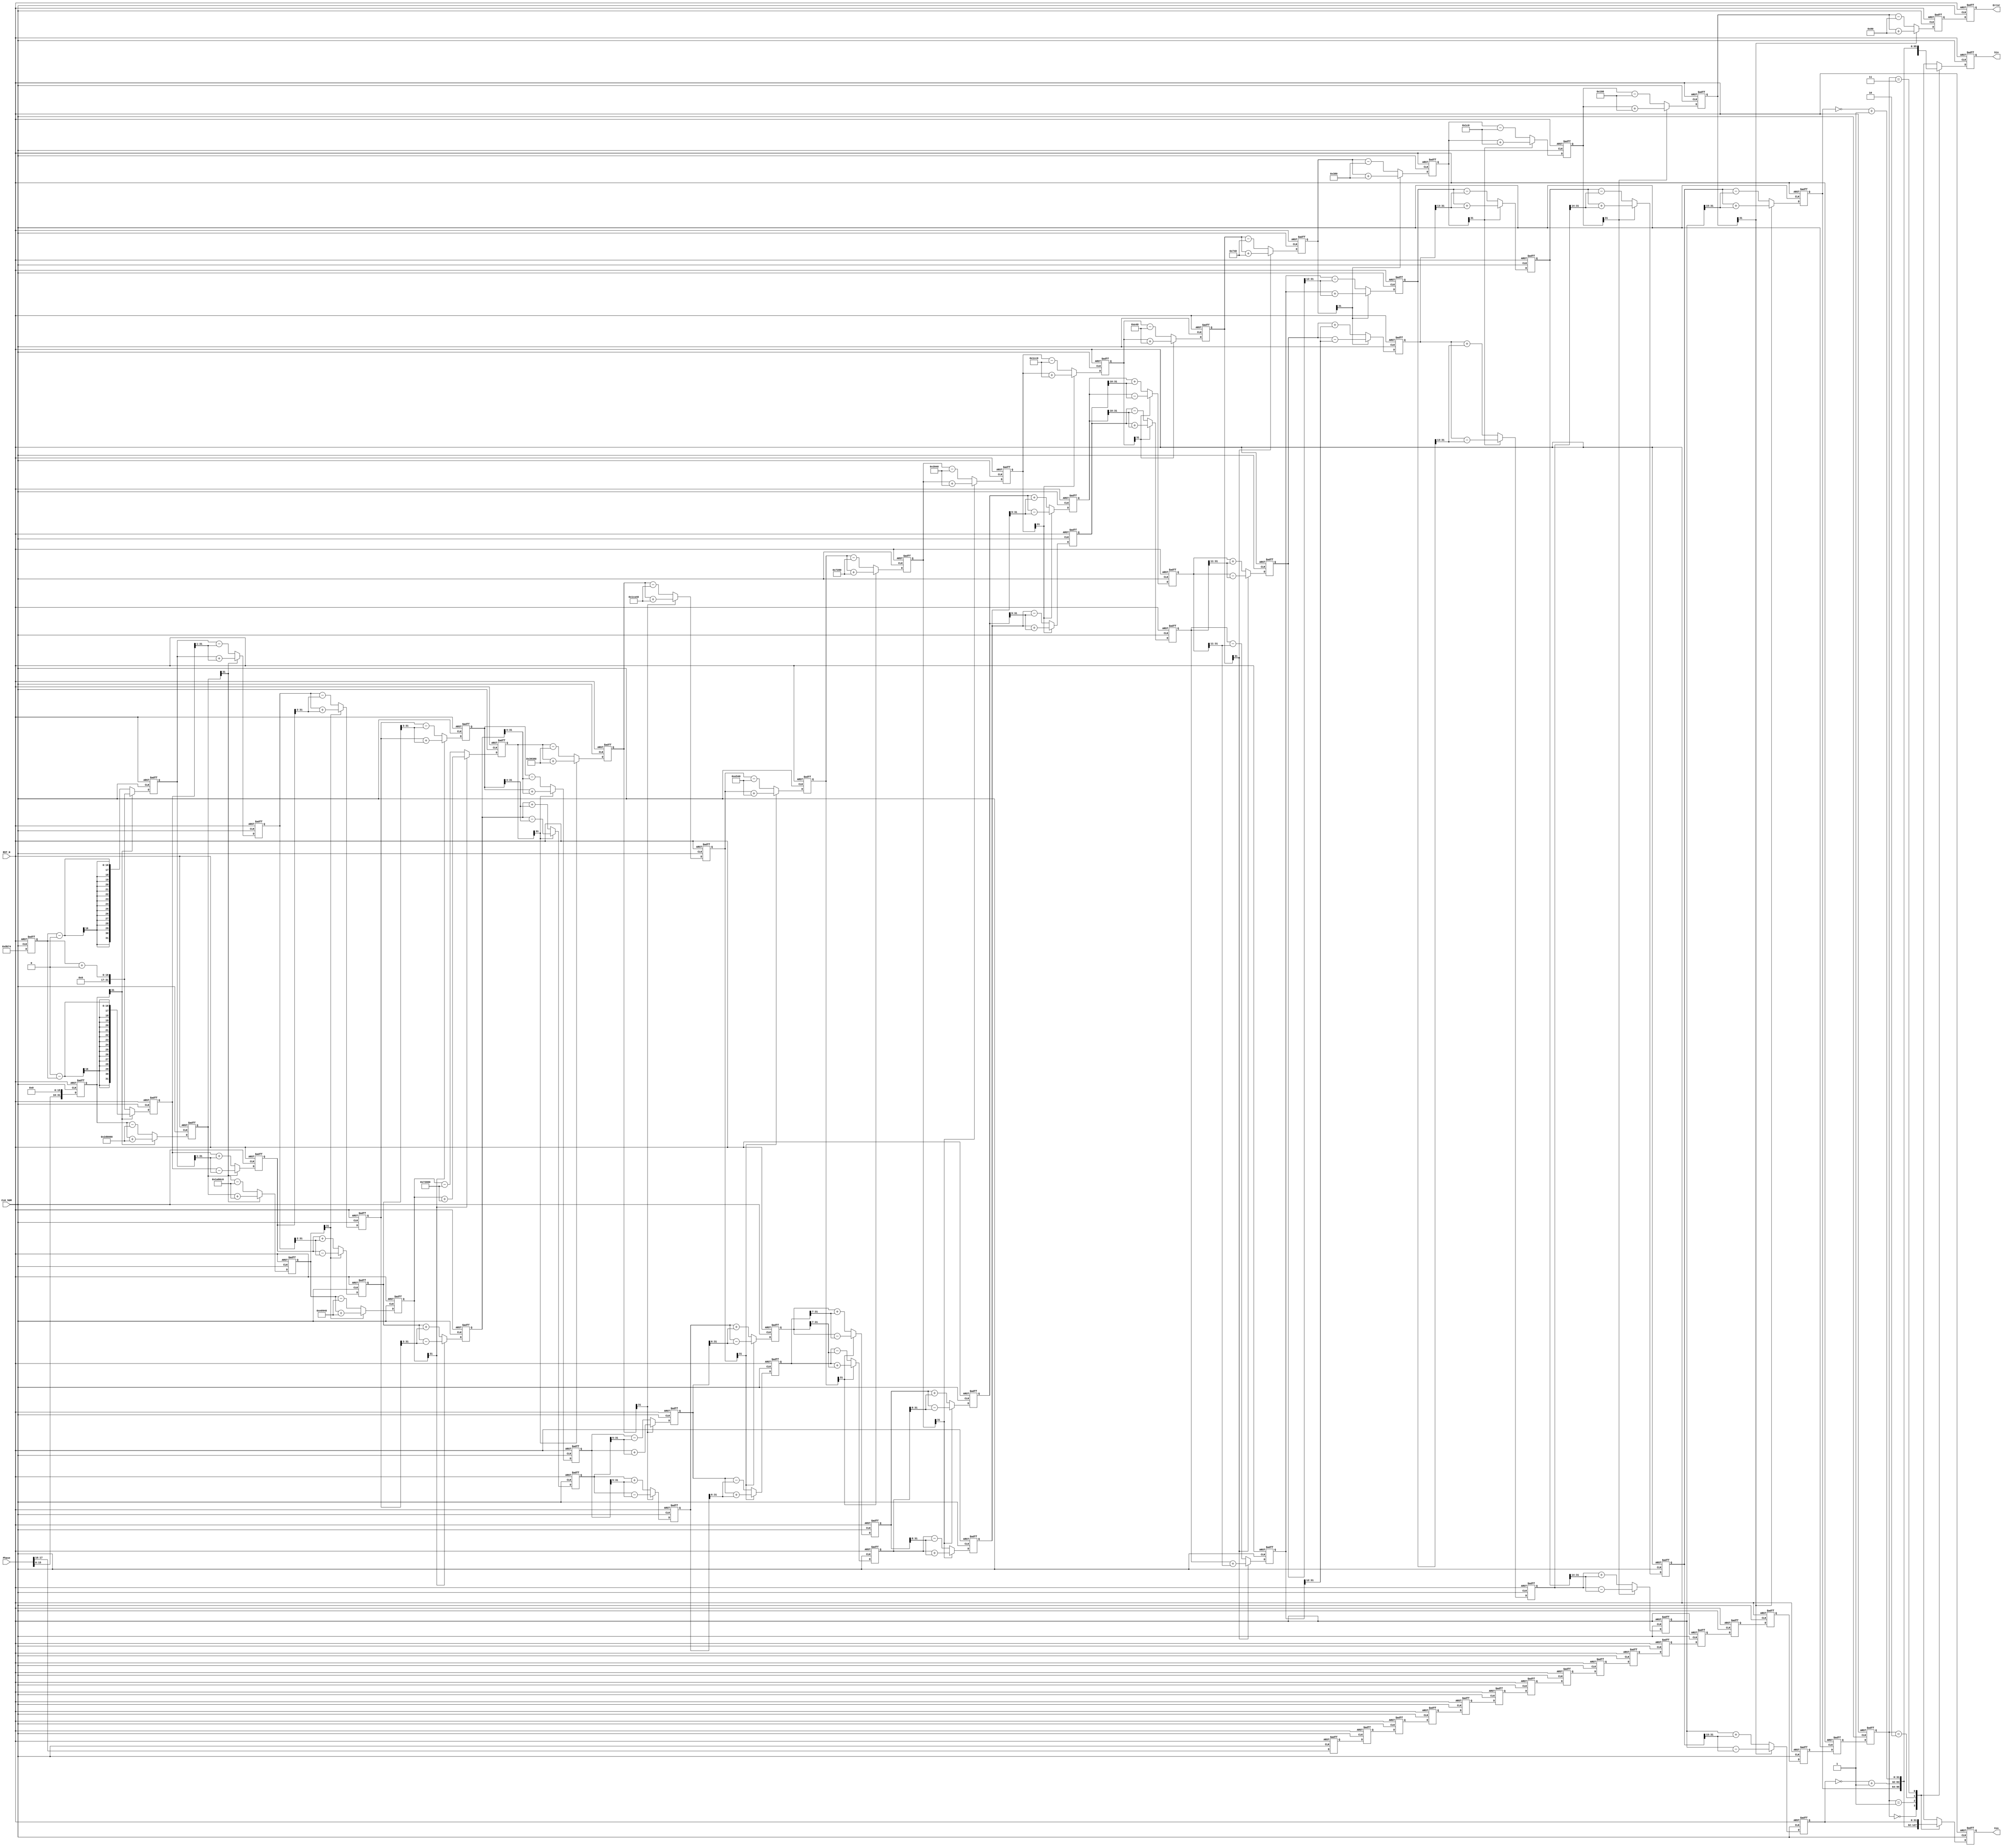
`timescale 1ns / 1ps
//////////////////////////////////////////////////////////////////////////////////
// Company: 
// Engineer: 
// 
// Design Name: 
// Module Name:    top 
// Project Name: 
// Target Devices: 
// Tool versions: 
// Description: 
//
// Dependencies: 
//
// Revision: 
// Revision 0.01 - File Created
// Additional Comments: 
//
//////////////////////////////////////////////////////////////////////////////////
module top
(
    CLK_50M,RST_N,
    Phase,
    Sin,Cos,Error
);

input                       CLK_50M;
input                       RST_N;
input       [31:0]          Phase;
output      [31:0]          Sin;
output      [31:0]          Cos;
output      [31:0]          Error;

`define rot0  32'd2949120       //45*2^16
`define rot1  32'd1740992       //26.5651*2^16
`define rot2  32'd919872        //14.0362*2^16
`define rot3  32'd466944        //7.1250*2^16
`define rot4  32'd234368        //3.5763*2^16
`define rot5  32'd117312        //1.7899*2^16
`define rot6  32'd58688         //0.8952*2^16
`define rot7  32'd29312         //0.4476*2^16
`define rot8  32'd14656         //0.2238*2^16
`define rot9  32'd7360          //0.1119*2^16
`define rot10 32'd3648          //0.0560*2^16
`define rot11 32'd1856          //0.0280*2^16
`define rot12 32'd896           //0.0140*2^16
`define rot13 32'd448           //0.0070*2^16
`define rot14 32'd256           //0.0035*2^16
`define rot15 32'd128           //0.0018*2^16

parameter Pipeline = 16;
parameter K = 32'h09b74;    //K=0.607253*2^16,32'h09b74,

reg signed  [31:0]      Sin;
reg signed  [31:0]      Cos;
reg signed  [31:0]      Error;
reg signed  [31:0]      x0=0,y0=0,z0=0;
reg signed  [31:0]      x1=0,y1=0,z1=0;
reg signed  [31:0]      x2=0,y2=0,z2=0;
reg signed  [31:0]      x3=0,y3=0,z3=0;
reg signed  [31:0]      x4=0,y4=0,z4=0;
reg signed  [31:0]      x5=0,y5=0,z5=0;
reg signed  [31:0]      x6=0,y6=0,z6=0;
reg signed  [31:0]      x7=0,y7=0,z7=0;
reg signed  [31:0]      x8=0,y8=0,z8=0;
reg signed  [31:0]      x9=0,y9=0,z9=0;
reg signed  [31:0]      x10=0,y10=0,z10=0;
reg signed  [31:0]      x11=0,y11=0,z11=0;
reg signed  [31:0]      x12=0,y12=0,z12=0;
reg signed  [31:0]      x13=0,y13=0,z13=0;
reg signed  [31:0]      x14=0,y14=0,z14=0;
reg signed  [31:0]      x15=0,y15=0,z15=0;
reg signed  [31:0]      x16=0,y16=0,z16=0;
reg         [ 1:0]      Quadrant [Pipeline:0];

always @ (posedge CLK_50M or negedge RST_N)
begin
    if(!RST_N)
    begin
        x0 <= 1'b0;                         
        y0 <= 1'b0;
        z0 <= 1'b0;
    end
    else
    begin
        x0 <= K;
        y0 <= 32'd0;
        z0 <= Phase[15:0] << 16;
    end
end

always @ (posedge CLK_50M or negedge RST_N)
begin
    if(!RST_N)
    begin
        x1 <= 1'b0;                         
        y1 <= 1'b0;
        z1 <= 1'b0;
    end
    else if(z0[31])
    begin
      x1 <= x0 + y0;
      y1 <= y0 - x0;
      z1 <= z0 + `rot0;
    end
    else
    begin
      x1 <= x0 - y0;
      y1 <= y0 + x0;
      z1 <= z0 - `rot0;
    end
end

always @ (posedge CLK_50M or negedge RST_N)
begin
    if(!RST_N)
    begin
        x2 <= 1'b0;                         
        y2 <= 1'b0;
        z2 <= 1'b0;
    end
    else if(z1[31])
   begin
        x2 <= x1 + (y1 >>> 1);
        y2 <= y1 - (x1 >>> 1);
        z2 <= z1 + `rot1;
   end
   else
   begin
       x2 <= x1 - (y1 >>> 1);
       y2 <= y1 + (x1 >>> 1);
       z2 <= z1 - `rot1;
   end
end

always @ (posedge CLK_50M or negedge RST_N)
begin
    if(!RST_N)
    begin
        x3 <= 1'b0;                         
        y3 <= 1'b0;
        z3 <= 1'b0;
    end
    else if(z2[31])
   begin
       x3 <= x2 + (y2 >>> 2);
       y3 <= y2 - (x2 >>> 2);
       z3 <= z2 + `rot2;
   end
   else
   begin
       x3 <= x2 - (y2 >>> 2);
       y3 <= y2 + (x2 >>> 2);
       z3 <= z2 - `rot2;
   end
end

always @ (posedge CLK_50M or negedge RST_N)
begin
    if(!RST_N)
    begin
        x4 <= 1'b0;                         
        y4 <= 1'b0;
        z4 <= 1'b0;
    end
    else if(z3[31])
   begin
       x4 <= x3 + (y3 >>> 3);
       y4 <= y3 - (x3 >>> 3);
       z4 <= z3 + `rot3;
   end
   else
   begin
       x4 <= x3 - (y3 >>> 3);
       y4 <= y3 + (x3 >>> 3);
       z4 <= z3 - `rot3;
   end
end

always @ (posedge CLK_50M or negedge RST_N)
begin
    if(!RST_N)
    begin
        x5 <= 1'b0;                         
        y5 <= 1'b0;
        z5 <= 1'b0;
    end
    else if(z4[31])
   begin
       x5 <= x4 + (y4 >>> 4);
       y5 <= y4 - (x4 >>> 4);
       z5 <= z4 + `rot4;
   end
   else
   begin
       x5 <= x4 - (y4 >>> 4);
       y5 <= y4 + (x4 >>> 4);
       z5 <= z4 - `rot4;
   end
end

always @ (posedge CLK_50M or negedge RST_N)
begin
    if(!RST_N)
    begin
        x6 <= 1'b0;                         
        y6 <= 1'b0;
        z6 <= 1'b0;
    end
    else if(z5[31])
   begin
       x6 <= x5 + (y5 >>> 5);
       y6 <= y5 - (x5 >>> 5);
       z6 <= z5 + `rot5;
   end
   else
   begin
       x6 <= x5 - (y5 >>> 5);
       y6 <= y5 + (x5 >>> 5);
       z6 <= z5 - `rot5;
   end
end

always @ (posedge CLK_50M or negedge RST_N)
begin
    if(!RST_N)
    begin
        x7 <= 1'b0;                         
        y7 <= 1'b0;
        z7 <= 1'b0;
    end
    else if(z6[31])
   begin
       x7 <= x6 + (y6 >>> 6);
       y7 <= y6 - (x6 >>> 6);
       z7 <= z6 + `rot6;
   end
   else
   begin
       x7 <= x6 - (y6 >>> 6);
       y7 <= y6 + (x6 >>> 6);
       z7 <= z6 - `rot6;
   end
end

always @ (posedge CLK_50M or negedge RST_N)
begin
    if(!RST_N)
    begin
        x8 <= 1'b0;                         
        y8 <= 1'b0;
        z8 <= 1'b0;
    end
    else if(z7[31])
   begin
       x8 <= x7 + (y7 >>> 7);
       y8 <= y7 - (x7 >>> 7);
       z8 <= z7 + `rot7;
   end
   else
   begin
       x8 <= x7 - (y7 >>> 7);
       y8 <= y7 + (x7 >>> 7);
       z8 <= z7 - `rot7;
   end
end

always @ (posedge CLK_50M or negedge RST_N)
begin
    if(!RST_N)
    begin
        x9 <= 1'b0;                         
        y9 <= 1'b0;
        z9 <= 1'b0;
    end
    else if(z8[31])
   begin
       x9 <= x8 + (y8 >>> 8);
       y9 <= y8 - (x8 >>> 8);
       z9 <= z8 + `rot8;
   end
   else
   begin
       x9 <= x8 - (y8 >>> 8);
       y9 <= y8 + (x8 >>> 8);
       z9 <= z8 - `rot8;
   end
end

always @ (posedge CLK_50M or negedge RST_N)
begin
    if(!RST_N)
    begin
        x10 <= 1'b0;                        
        y10 <= 1'b0;
        z10 <= 1'b0;
    end
    else if(z9[31])
   begin
       x10 <= x9 + (y9 >>> 9);
       y10 <= y9 - (x9 >>> 9);
       z10 <= z9 + `rot9;
   end
   else
   begin
       x10 <= x9 - (y9 >>> 9);
       y10 <= y9 + (x9 >>> 9);
       z10 <= z9 - `rot9;
   end
end

always @ (posedge CLK_50M or negedge RST_N)
begin
    if(!RST_N)
    begin
        x11 <= 1'b0;                        
        y11 <= 1'b0;
        z11 <= 1'b0;
    end
    else if(z10[31])
   begin
       x11 <= x10 + (y10 >>> 10);
       y11 <= y10 - (x10 >>> 10);
       z11 <= z10 + `rot10;
   end
   else
   begin
       x11 <= x10 - (y10 >>> 10);
       y11 <= y10 + (x10 >>> 10);
       z11 <= z10 - `rot10;
   end
end

always @ (posedge CLK_50M or negedge RST_N)
begin
    if(!RST_N)
    begin
        x12 <= 1'b0;                        
        y12 <= 1'b0;
        z12 <= 1'b0;
    end
    else if(z11[31])
   begin
       x12 <= x11 + (y11 >>> 11);
       y12 <= y11 - (x11 >>> 11);
       z12 <= z11 + `rot11;
   end
   else
   begin
       x12 <= x11 - (y11 >>> 11);
       y12 <= y11 + (x11 >>> 11);
       z12 <= z11 - `rot11;
   end
end

always @ (posedge CLK_50M or negedge RST_N)
begin
    if(!RST_N)
    begin
        x13 <= 1'b0;                        
        y13 <= 1'b0;
        z13 <= 1'b0;
    end
    else if(z12[31])
   begin
       x13 <= x12 + (y12 >>> 12);
       y13 <= y12 - (x12 >>> 12);
       z13 <= z12 + `rot12;
   end
   else
   begin
       x13 <= x12 - (y12 >>> 12);
       y13 <= y12 + (x12 >>> 12);
       z13 <= z12 - `rot12;
   end
end

always @ (posedge CLK_50M or negedge RST_N)
begin
    if(!RST_N)
    begin
        x14 <= 1'b0;                        
        y14 <= 1'b0;
        z14 <= 1'b0;
    end
    else if(z13[31])
   begin
       x14 <= x13 + (y13 >>> 13);
       y14 <= y13 - (x13 >>> 13);
       z14 <= z13 + `rot13;
   end
   else
   begin
       x14 <= x13 - (y13 >>> 13);
       y14 <= y13 + (x13 >>> 13);
       z14 <= z13 - `rot13;
   end
end

always @ (posedge CLK_50M or negedge RST_N)
begin
    if(!RST_N)
    begin
        x15 <= 1'b0;                        
        y15 <= 1'b0;
        z15 <= 1'b0;
    end
    else if(z14[31])
   begin
       x15 <= x14 + (y14 >>> 14);
       y15 <= y14 - (x14 >>> 14);
       z15 <= z14 + `rot14;
   end
   else
   begin
       x15 <= x14 - (y14 >>> 14);
       y15 <= y14 + (x14 >>> 14);
       z15 <= z14 - `rot14;
   end
end

always @ (posedge CLK_50M or negedge RST_N)
begin
    if(!RST_N)
    begin
        x16 <= 1'b0;                        
        y16 <= 1'b0;
        z16 <= 1'b0;
    end
    else if(z15[31])
   begin
       x16 <= x15 + (y15 >>> 15);
       y16 <= y15 - (x15 >>> 15);
       z16 <= z15 + `rot15;
   end
   else
   begin
       x16 <= x15 - (y15 >>> 15);
       y16 <= y15 + (x15 >>> 15);
       z16 <= z15 - `rot15;
   end
end

always @ (posedge CLK_50M or negedge RST_N)
begin
    if(!RST_N)
    begin
        Quadrant[0] <= 1'b0;
        Quadrant[1] <= 1'b0;
        Quadrant[2] <= 1'b0;
        Quadrant[3] <= 1'b0;
        Quadrant[4] <= 1'b0;
        Quadrant[5] <= 1'b0;
        Quadrant[6] <= 1'b0;
        Quadrant[7] <= 1'b0;
        Quadrant[8] <= 1'b0;
        Quadrant[9] <= 1'b0;
        Quadrant[10] <= 1'b0;
        Quadrant[11] <= 1'b0;
        Quadrant[12] <= 1'b0;
        Quadrant[13] <= 1'b0;
        Quadrant[14] <= 1'b0;
        Quadrant[15] <= 1'b0;
        Quadrant[16] <= 1'b0;
    end
    else
    begin
        Quadrant[0] <= Phase[17:16];
        Quadrant[1] <= Quadrant[0];
        Quadrant[2] <= Quadrant[1];
        Quadrant[3] <= Quadrant[2];
        Quadrant[4] <= Quadrant[3];
        Quadrant[5] <= Quadrant[4];
        Quadrant[6] <= Quadrant[5];
        Quadrant[7] <= Quadrant[6];
        Quadrant[8] <= Quadrant[7];
        Quadrant[9] <= Quadrant[8];
        Quadrant[10] <= Quadrant[9];
        Quadrant[11] <= Quadrant[10];
        Quadrant[12] <= Quadrant[11];
        Quadrant[13] <= Quadrant[12];
        Quadrant[14] <= Quadrant[13];
        Quadrant[15] <= Quadrant[14];
        Quadrant[16] <= Quadrant[15];
    end
end

always @ (posedge CLK_50M or negedge RST_N)
begin
    if(!RST_N)
    begin
        Cos <= 1'b0;
        Sin <= 1'b0;
        Error <= 1'b0;
    end
    else
    begin
        Error <= z16;
        case(Quadrant[16])
            2'b00: //if the Phase is in first Quadrant,the Sin(X)=Sin(A),Cos(X)=Cos(A)
                begin
                    Cos <= x16;
                    Sin <= y16;
                end
            2'b01: //if the Phase is in second Quadrant,the Sin(X)=Sin(A+90)=CosA,Cos(X)=Cos(A+90)=-SinA
                begin
                    Cos <= ~(y16) + 1'b1;//-Sin
                    Sin <= x16;//Cos
                end
            2'b10: //if the Phase is in third Quadrant,the Sin(X)=Sin(A+180)=-SinA,Cos(X)=Cos(A+180)=-CosA
                begin
                    Cos <= ~(x16) + 1'b1;//-Cos
                    Sin <= ~(y16) + 1'b1;//-Sin
                end
            2'b11: //if the Phase is in forth Quadrant,the Sin(X)=Sin(A+270)=-CosA,Cos(X)=Cos(A+270)=SinA
                begin
                    Cos <= y16;//Sin
                    Sin <= ~(x16) + 1'b1;//-Cos
                end
        endcase
    end
end

endmodule